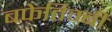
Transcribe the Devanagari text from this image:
बफेतिम्बी